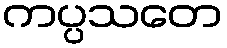
ကပ္ပသတေ